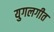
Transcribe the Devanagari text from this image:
युगलगीत